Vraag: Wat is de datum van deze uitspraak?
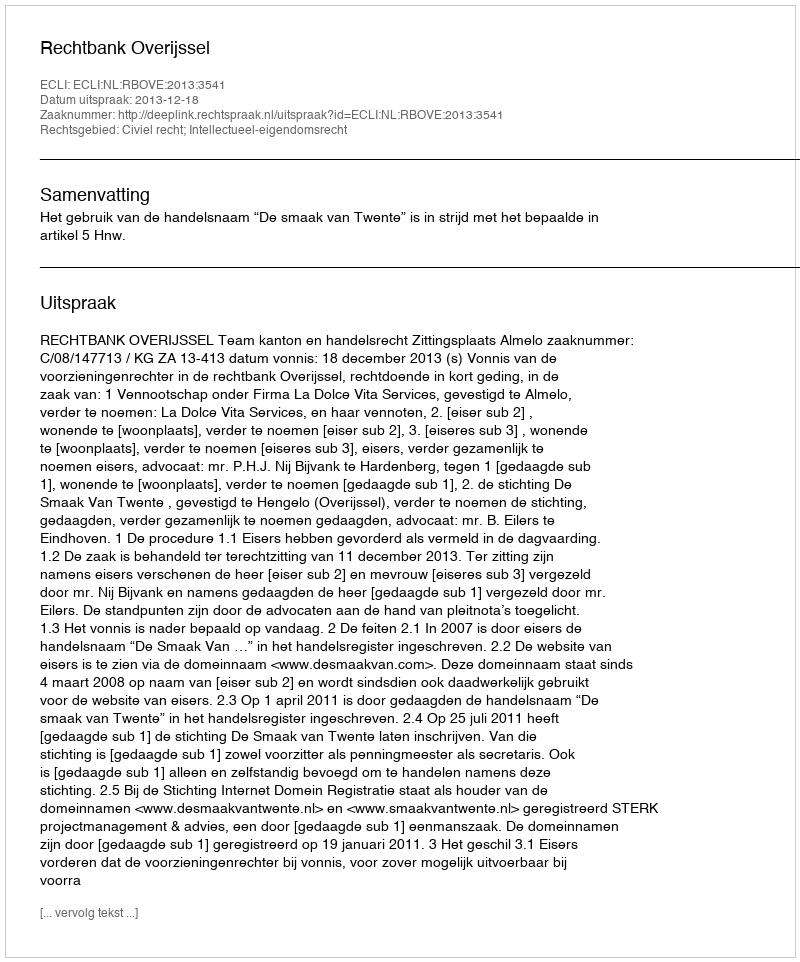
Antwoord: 2013-12-18